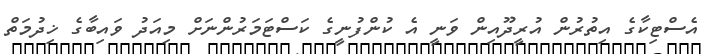
އެސްޓިކާގެ އިތުރުން އުރީދޫއިން ވަނީ އެ ކުންފުނީގެ ކަސްޓަމަރުންނަށް މިއަދު ވައިބާގެ ޚިދުމަތް